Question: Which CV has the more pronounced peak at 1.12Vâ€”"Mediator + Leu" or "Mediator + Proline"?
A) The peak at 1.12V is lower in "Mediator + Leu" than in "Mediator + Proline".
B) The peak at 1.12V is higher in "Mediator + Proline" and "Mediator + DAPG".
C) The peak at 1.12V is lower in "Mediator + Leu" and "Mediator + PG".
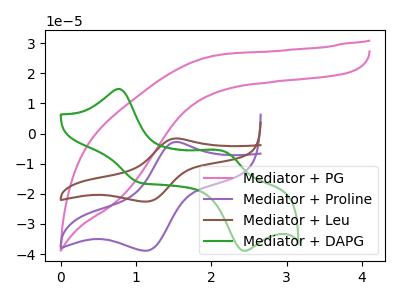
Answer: <think>The pink curve "Mediator + PG" has no peaks. The purple curve "Mediator + Proline" has an anodic peak at (1.55V, -2.80uA) and a cathodic peak at (1.10V, -38.90uA). The brown curve "Mediator + Leu" has an anodic peak at (1.55V, -1.60uA) and a cathodic peak at (1.10V, -22.60uA). The green curve "Mediator + DAPG" has anodic peaks at (0.75V, 14.80uA) (2.20V, -6.10uA) and cathodic peaks at (1.05V, -16.25uA) (2.45V, -38.90uA).</think>
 <answer>A) The peak at 1.12V is lower in "Mediator + Leu" than in "Mediator + Proline".</answer>
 <eval>A</eval>